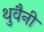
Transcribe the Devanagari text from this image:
थुवैनी